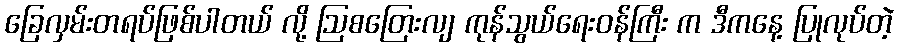
ခြေလှမ်းတရပ်ဖြစ်ပါတယ် လို့ ဩစတြေးလျ ကုန်သွယ်ရေးဝန်ကြီး က ဒီကနေ့ ပြုလုပ်တဲ့